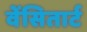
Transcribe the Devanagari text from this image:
वेंसितार्ट